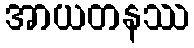
အာယတနဿ